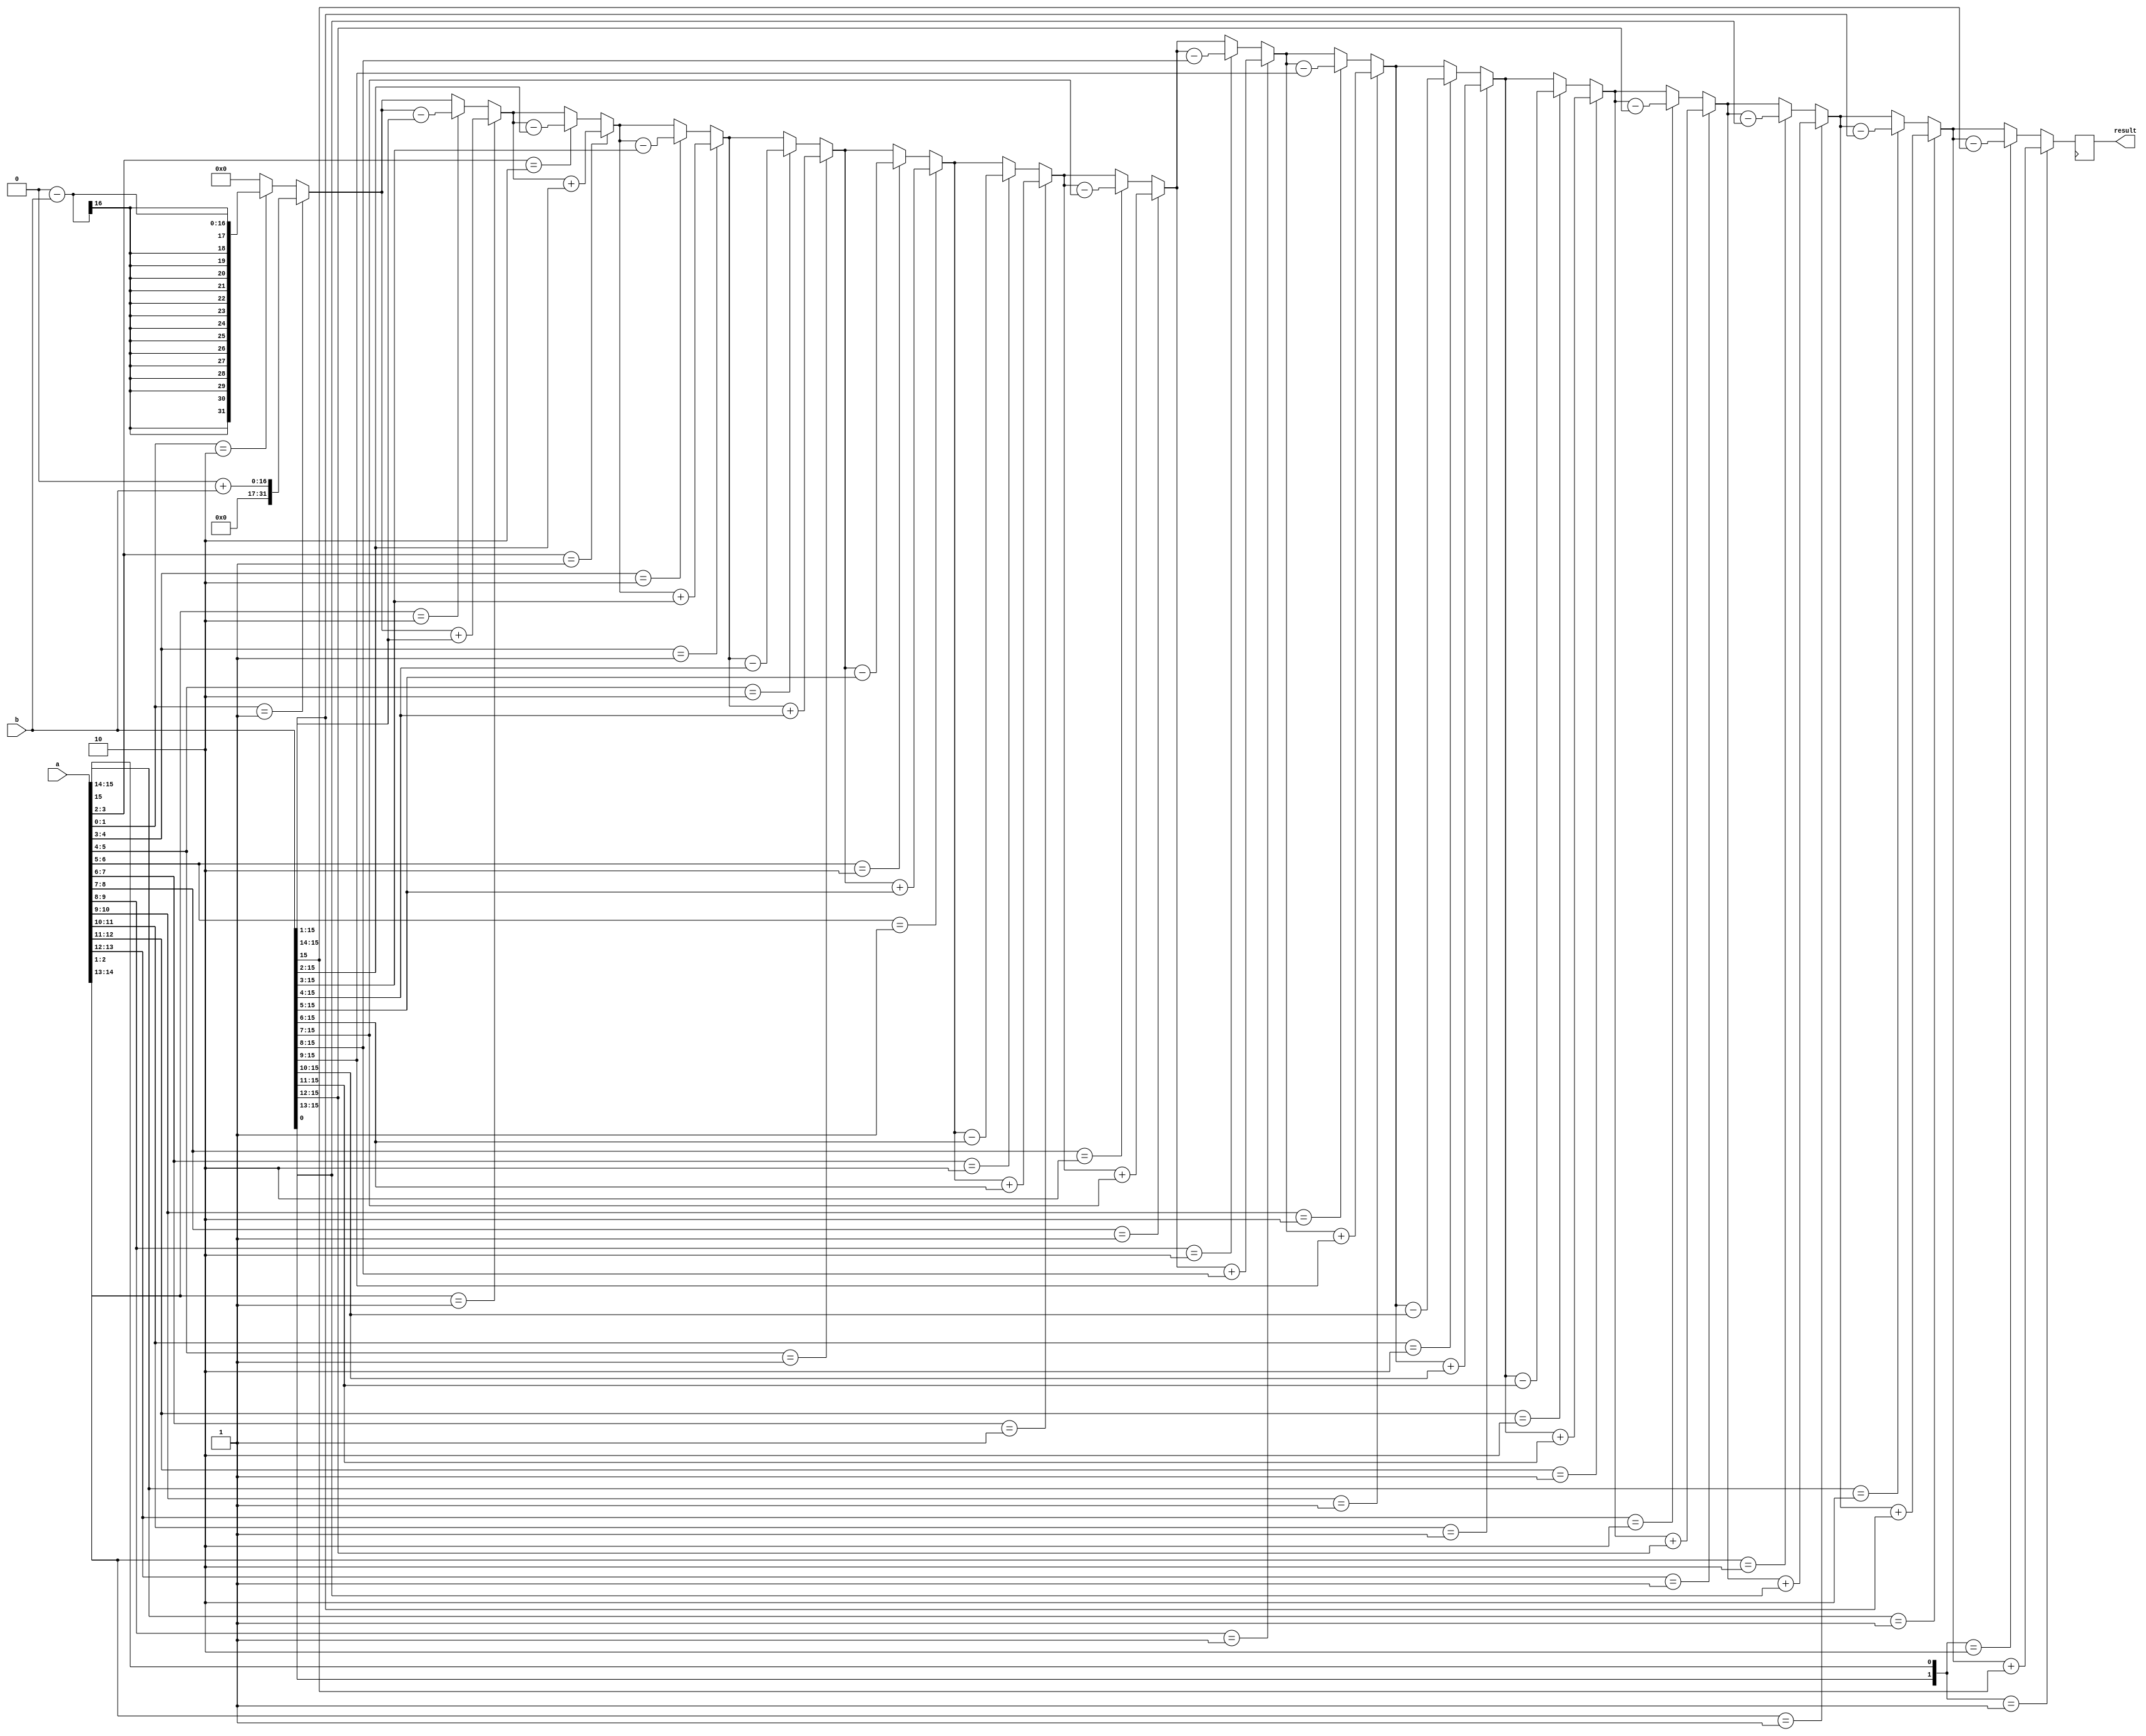
module booth_multiplier(
    input [15:0] a,
    input [15:0] b,
    output reg [31:0] result
);

reg [15:0] m;
reg [15:0] q;
reg [4:0] counter;
reg [31:0] pp;

always @(*) begin
    m = {16'b0, b};
    q = {16'b0, a};
    pp = 32'b0;
    counter = 0;
    
    repeat(16) begin
        if(q[0:1] == 2'b01) begin
            pp = pp + {16'b0, m};
        end else if(q[0:1] == 2'b10) begin
            pp = pp - {16'b0, m};
        end
        
        counter = counter + 1;
        q = q >> 1;
        q[15] = m[0];
        m = m >> 1;
    end
end

always @(posedge clock) begin
    result <= pp;
end

endmodule